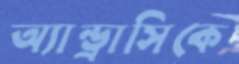
অ্যান্ড্রাসিকে